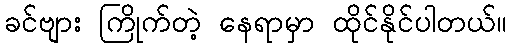
ခင်ဗျား ကြိုက်တဲ့ နေရာမှာ ထိုင်နိုင်ပါတယ်။